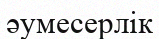
әумесерлік